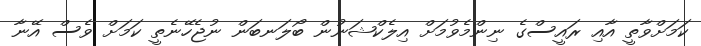
ކަމަށްވާތީ އާއި ރައީސްގެ ނިންމެވުމަށް އިލެކްޝަނުން ބޯލަނބަން ނުޖެހޭނެތީ ކަމަށް ވެސް އޭނާ